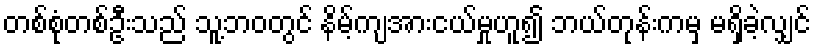
တစ်စုံတစ်ဦးသည် သူ့ဘဝတွင် နိမ့်ကျအားငယ်မှုဟူ၍ ဘယ်တုန်းကမှ မရှိခဲ့လျှင်